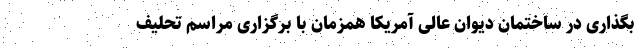
بگذاری در ساختمان دیوان عالی آمریکا همزمان با برگزاری مراسم تحلیف